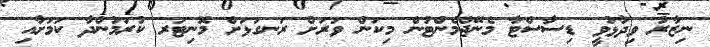
ނިޒާރު ވިދާޅުވީ ޑިސާސްޓާ މެނޭޖްމެންޓުން މިކަން ވަރަށް ރަނގަޅަށް މޮނިޓަރ ކުރަމުންދާ ކަމަށާއި